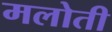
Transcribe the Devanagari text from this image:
मलोती